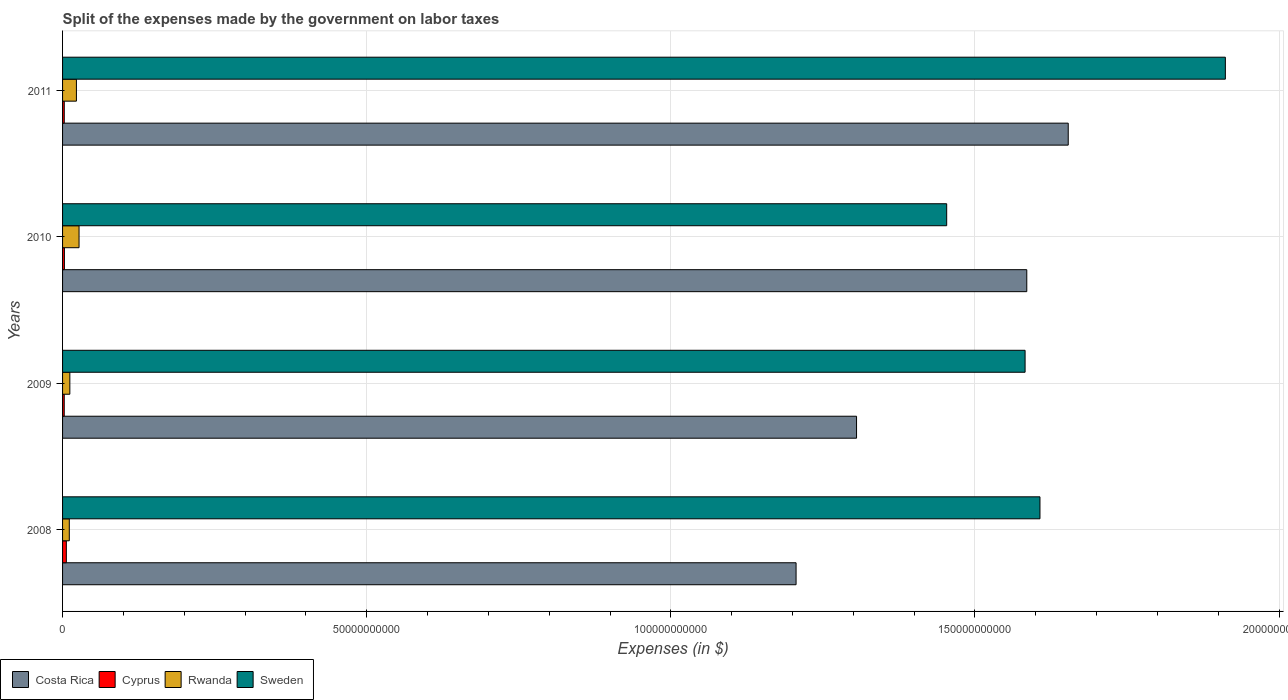
| Years | Costa Rica | Cyprus | Rwanda | Sweden |
 | --- | --- | --- | --- | --- |
 | 2008 | 1.21e+11 | 6.21e+08 | 1.11e+09 | 1.61e+11 |
 | 2009 | 1.31e+11 | 2.74e+08 | 1.2e+09 | 1.58e+11 |
 | 2010 | 1.59e+11 | 3.02e+08 | 2.71e+09 | 1.45e+11 |
 | 2011 | 1.65e+11 | 2.8e+08 | 2.28e+09 | 1.91e+11 |